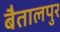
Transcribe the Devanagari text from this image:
बैतालपुर